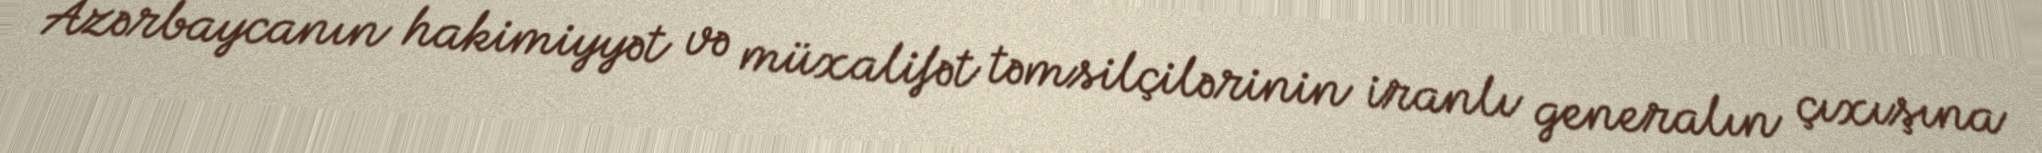
Azərbaycanın hakimiyyət və müxalifət təmsilçilərinin iranlı generalın çıxışına